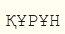
ҚҰРҰН